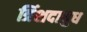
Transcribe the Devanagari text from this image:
त्रिंशदायुध